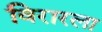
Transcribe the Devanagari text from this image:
विरारला